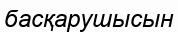
басқарушысын